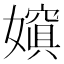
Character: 𡢌